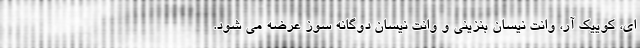
ای، کوییک آر، وانت نیسان بنزینی و وانت نیسان دوگانه سوز عرضه می شود.